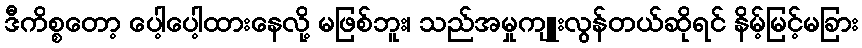
ဒီကိစ္စတော့ ပေါ့ပေါ့ထားနေလို့ မဖြစ်ဘူး၊ သည်အမှုကျူးလွန်တယ်ဆိုရင် နိမ့်မြင့်မခြား